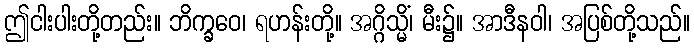
ဤငါးပါးတို့တည်း။ ဘိက္ခဝေ၊ ရဟန်းတို့။ အဂ္ဂိသ္မိံ၊ မီး၌။ အာဒီနဝါ၊ အပြစ်တို့သည်။